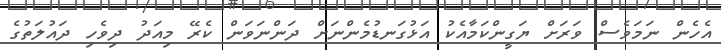
އެހެން ނަމަވެސް ވަރަށް ޔަގީންކަމާއެކު އަޅުގަނޑުމެންނަށް ދަންނަވަން ކެރޭ މިއަދު ދިވެހި ދައުލަތުގެ